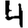
Digit: 4